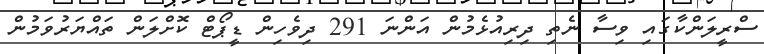
ސްރީލަންކާގައި ވިސާ ނެތި ދިރިއުޅެމުން އަންނަ 291 ދިވެހިން ޑީޕޯޓް ކޮށްލަން ތައްޔަރުވަމުން